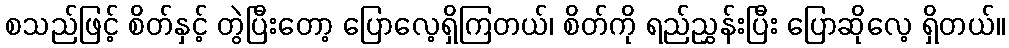
စသည်ဖြင့် စိတ်နှင့် တွဲပြီးတော့ ပြောလေ့ရှိကြတယ်၊ စိတ်ကို ရည်ညွှန်းပြီး ပြောဆိုလေ့ ရှိတယ်။